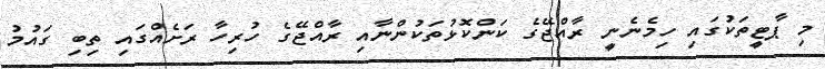
މި ޕާޓީތަކުގައި ހިމެނެނީ ރާއްޖޭގެ ކަންކޮޅުތަކުންނާއި ރާއްޖޭގެ ހުރިހާ ރަށެއްގައި ތިބި ގައުމު